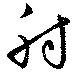
射